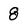
Character: 8